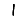
Digit: 1